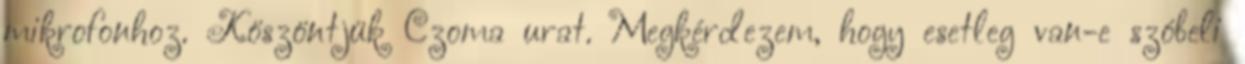
mikrofonhoz. Köszöntjük Czoma urat. Megkérdezem, hogy esetleg van-e szóbeli